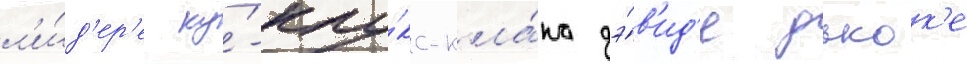
л'и́д'ер'е ку́-клу́кс-кла́на дэ́в'ид'е дьюк'е